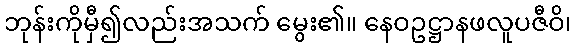
ဘုန်းကိုမှီ၍လည်းအသက် မွေး၏။ နေဝဥဋ္ဌာနဖလူပဇီဝိ၊